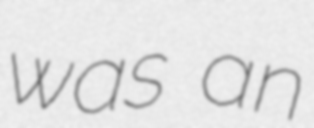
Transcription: was an